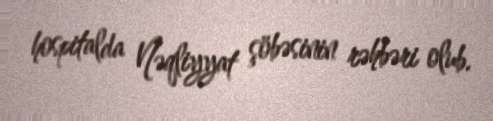
hospitalda Nəqliyyat şöbəsinin rəhbəri olub.